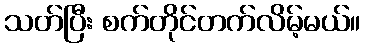
သတ်ပြီး စက်တိုင်တက်လိမ့်မယ်။